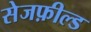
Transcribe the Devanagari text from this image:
सेजफ़ील्ड